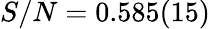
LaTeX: S/N=0.585(15)